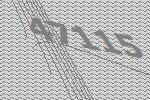
47115